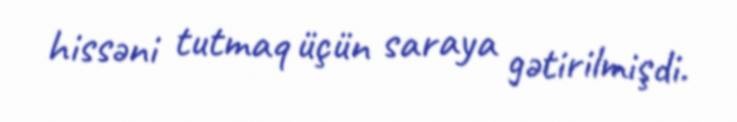
hissəni tutmaq üçün saraya gətirilmişdi.